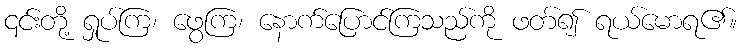
၎င်းတို့ ရှုပ်ကြ၊ ဖွေကြ၊ နောက်ပြောင်ကြသည်ကို ဖတ်၍ ရယ်မောရ၏။